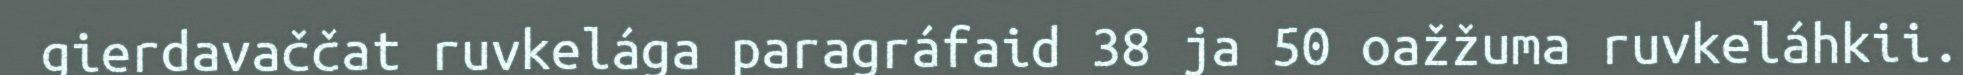
gierdavaččat ruvkelága paragráfaid 38 ja 50 oažžuma ruvkeláhkii.